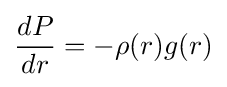
{\frac {dP}{dr}}=-\rho (r)g(r)